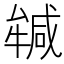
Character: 𭷲